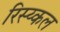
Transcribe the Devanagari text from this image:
रिस्य्कल